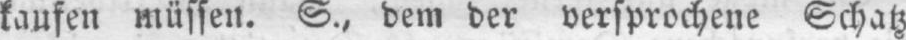
kaufen müssen. S., dem der versprochene Schatz